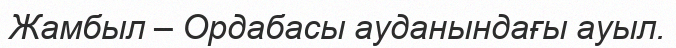
Жамбыл – Ордабасы ауданындағы ауыл.